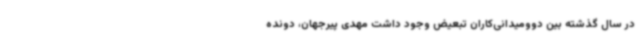
در سال گذشته بین دوومیدانی‌کاران تبعیض وجود داشت مهدی پیرجهان، دونده